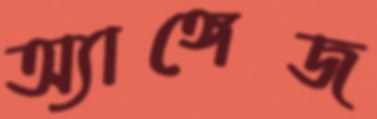
অ্যাঙ্গেজ